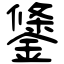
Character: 鎥